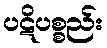
ပဋိပစ္စည်း